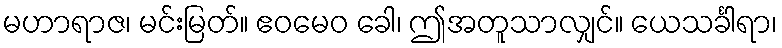
မဟာရာဇ၊ မင်းမြတ်။ ဧဝမေဝ ခေါ၊ ဤအတူသာလျှင်။ ယေသင်္ခါရာ၊